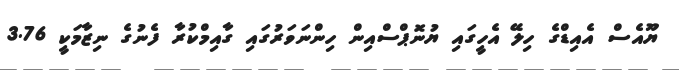
ޔޫއެސް އެއިޑްގެ ހިލޭ އެހީގައި ޔުނޮޕްސްއިން ހިންނަވަރުގައި ގާއިމްކުރާ ފެނުގެ ނިޒާމަކީ 3.76